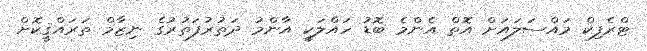
ޓްރެފިކް މައްސަލައަށް އޮތް އެންމެ ބޮޑު ހައްލަކީ އާންމު ދަތުރުފަތުރުގެ ނިޒާމް ތަރައްޤީކޮށް